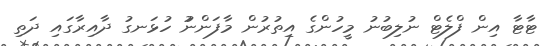
ޓާޓާ އިން ފްލެޓް ނުލިބުނު މީހުންގެ އިތުރުން މާފަންނުު ހުޅަނގު ދާއިރާގައި ދަތި